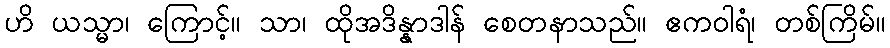
ဟိ ယသ္မာ၊ ကြောင့်။ သာ၊ ထိုအဒိန္နာဒါန် စေတနာသည်။ ဧကဝါရံ၊ တစ်ကြိမ်။